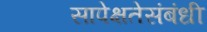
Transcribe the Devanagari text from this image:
सापेक्षतेसंबंधी